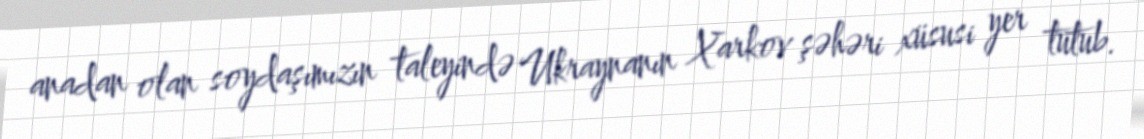
anadan olan soydaşımızın taleyində Ukraynanın Xarkov şəhəri xüsusi yer tutub.